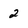
Character: 2